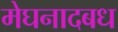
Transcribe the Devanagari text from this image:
मेघनादबध